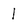
Character: 1